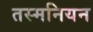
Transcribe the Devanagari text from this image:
तस्मनियन